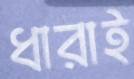
ধারাই